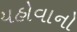
યહોવાનો